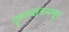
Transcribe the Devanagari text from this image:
मुक्तच्‍छंदापासून